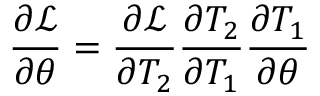
\frac { \partial \mathcal { L } } { \partial \theta } = \frac { \partial \mathcal { L } } { \partial T _ { 2 } } \frac { \partial T _ { 2 } } { \partial T _ { 1 } } \frac { \partial T _ { 1 } } { \partial \theta }